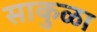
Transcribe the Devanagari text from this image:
साकुळा